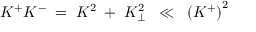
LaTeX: K ^ { + } K ^ { - } \; = \; K ^ { 2 } \; + \; K _ { \perp } ^ { 2 } \; \; \ll \; \; \left( K ^ { + } \right) ^ { 2 }